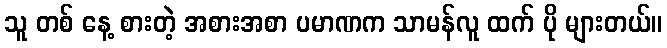
သူ တစ် နေ့ စားတဲ့ အစားအစာ ပမာဏက သာမန်လူ ထက် ပို များတယ်။